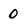
Character: 0